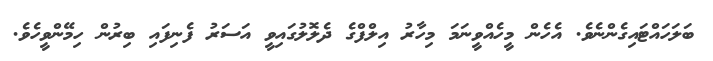
ބަލަހައްޓައިގެންނެވެ. އެހެން މީހެއްވީނަމަ މިހާރު އިލްފްގެ ދެލޮލުގައިވީ އަސަރު ފެނިފައި ބިރުން ހިމޭންވީހެވެ.